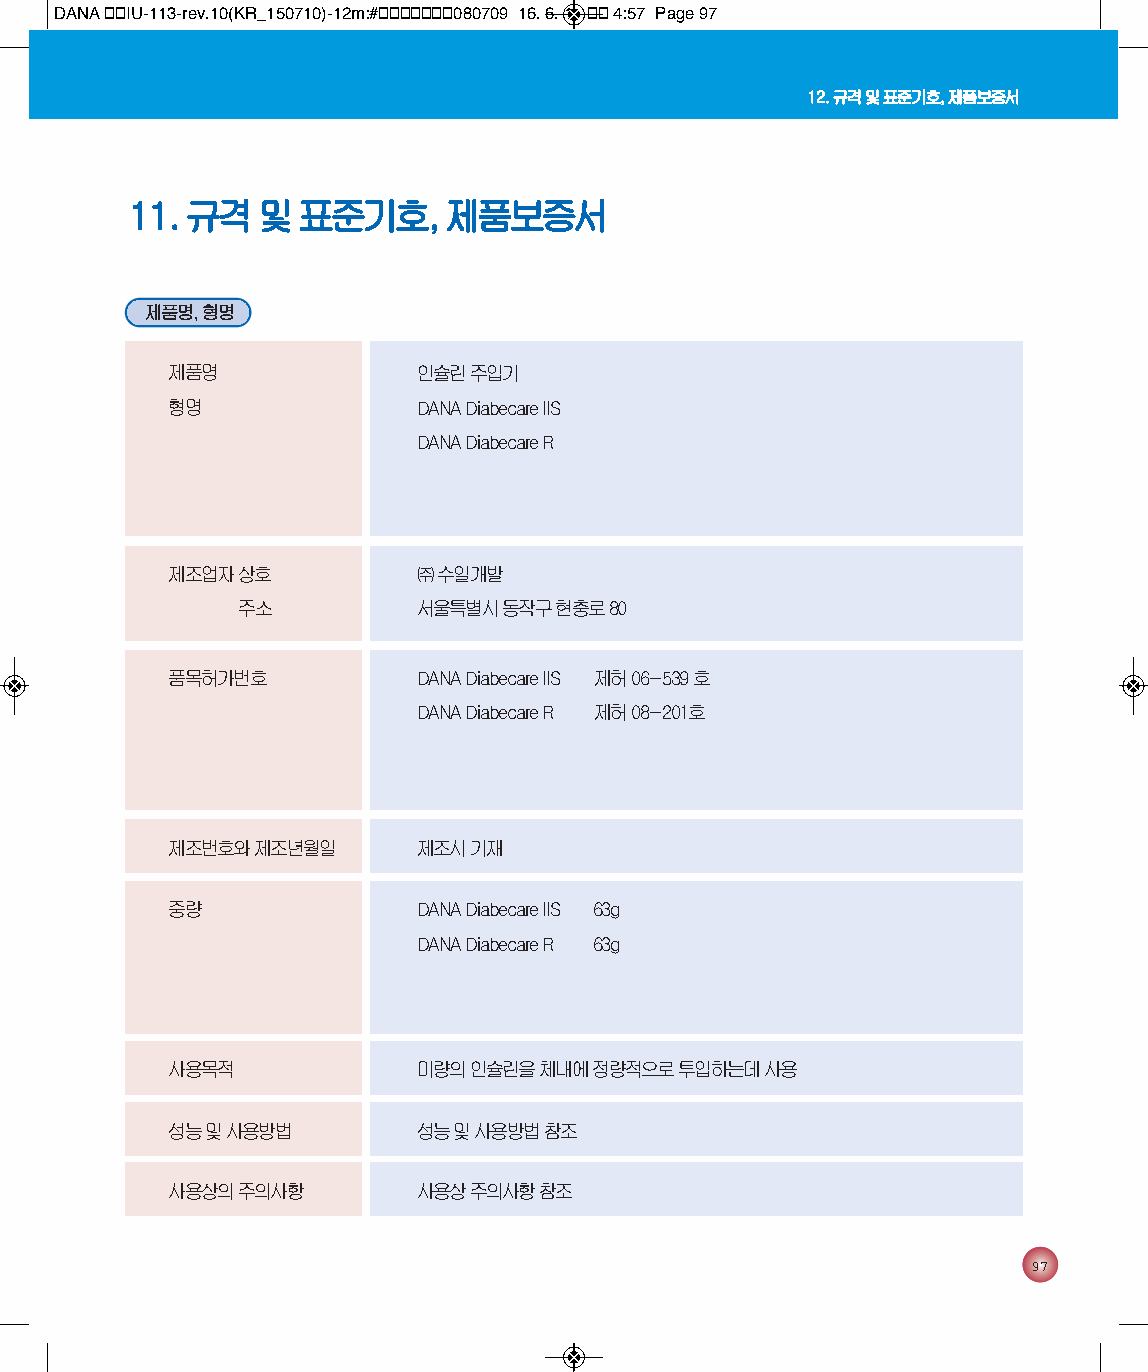
DANA 통통IU-113-rev.10(KR_150710)-12m:#통통통통통통통080709 16. 6. 1. 통통 4:57 Page 97
 12. 규격 및 표준기호, 제품보증서
 11. 규격   및  표준기호,    제품보증서
 제품명, 형명
 제품명              인슐린 주입기
 형명               DANA Diabecare IIS
 DANA Diabecare R
 제조업자 상호          ㈜ 수일개발
 주소          서울특별시 동작구 현충로 80
 품목허가번호           DANA Diabecare IIS 제허 06-539 호
 DANA Diabecare R 제허 08-201호
 제조번호와 제조년월일      제조시 기재
 중량               DANA Diabecare IIS 63g
 DANA Diabecare R 63g
 사용목적             미량의 인슐린을 체내에 정량적으로 투입하는데 사용
 성능 및 사용방법        성능 및 사용방법 참조
 사용상의 주의사항        사용상 주의사항 참조
 97